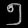
Digit: ၅